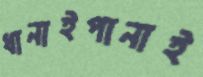
ধানাইপানাই